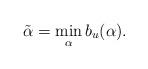
LaTeX: \begin{align*}\tilde{\alpha}= \min_{\alpha} b_u(\alpha).\end{align*}